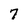
Character: 7